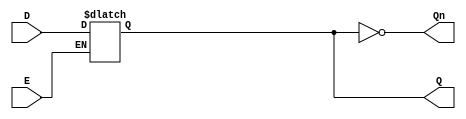
module async_gated_latch (
    input wire D,      // Data Input
    input wire E,      // Enable Signal
    output reg Q,      // Output
    output wire Qn     // Complementary Output
);

// Complementary output
assign Qn = ~Q;

// Always block to implement the latch behavior
always @(*) begin
    if (E) begin
        Q = D;  // Capture the data input when enable is high
    end
    // If E is low, Q retains its previous value (no assignment needed)
end

endmodule